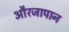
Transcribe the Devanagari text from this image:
औरजापान